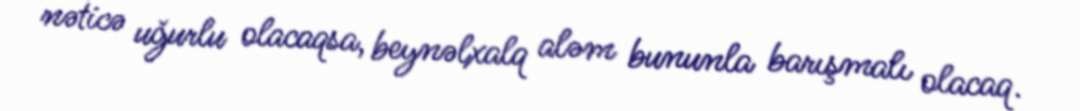
nəticə uğurlu olacaqsa, beynəlxalq aləm bununla barışmalı olacaq.